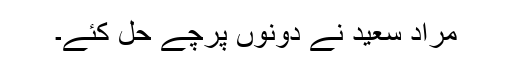
مراد سعید نے دونوں پرچے حل کئے۔